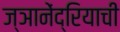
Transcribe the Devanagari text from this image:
ज्ञानेंद्रियाची